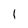
Character: l